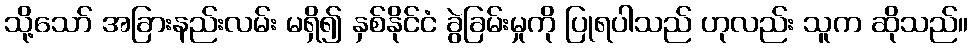
သို့သော် အခြားနည်းလမ်း မရှိ၍ နှစ်နိုင်ငံ ခွဲခြမ်းမှုကို ပြုရပါသည် ဟုလည်း သူက ဆိုသည်။